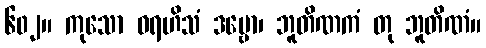
၆၀၂။ ကုသော ဝရဟိသံ ဒဗ္ဗော၊ ဘူတိဏကံ တု ဘူတိဏံ။